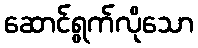
ဆောင်ရွက်လိုသော